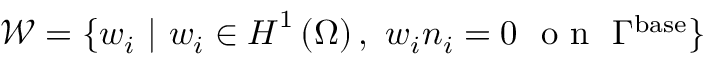
\boldsymbol { \mathcal { W } } = \{ w _ { i } \ | \ w _ { i } \in \boldsymbol { H } ^ { 1 } \left( \Omega \right) , \ w _ { i } n _ { i } = 0 \ \mathrm { ~ o ~ n ~ } \ \Gamma ^ { \mathrm { { b a s e } } } \}